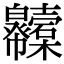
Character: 𢆇